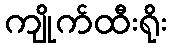
ကျိုက်ထီးရိုး